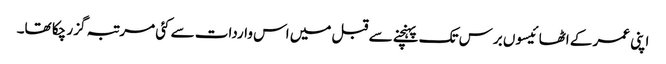
اپنی عمر کے اٹھائیسوں برس تک پہنچنے سے قبل میں اس واردات سے کئی مرتبہ گزر چکا تھا۔